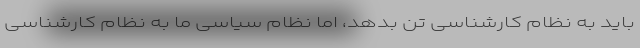
باید به نظام کارشناسی تن بدهد، اما نظام سیاسی ما به نظام کارشناسی